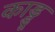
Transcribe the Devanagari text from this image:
काड्डू